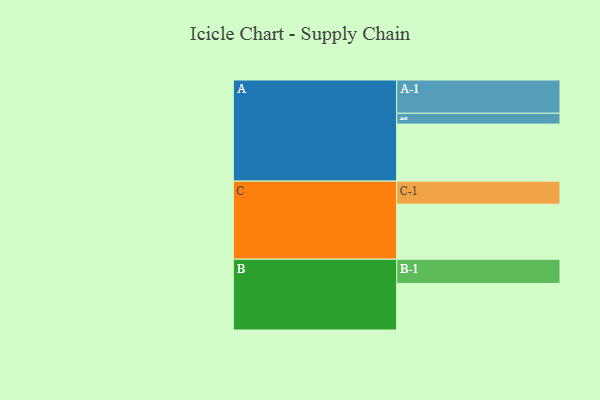
{"axis": {"x": "Segment", "y": "Value"}, "legend": ["", "A", "B", "C"], "data": [{"x": "A", "y": 374, "type": ""}, {"x": "B", "y": 305, "type": ""}, {"x": "C", "y": 361, "type": ""}, {"x": "A-1", "y": 218, "type": "A"}, {"x": "A-2", "y": 71, "type": "A"}, {"x": "B-1", "y": 159, "type": "B"}, {"x": "C-1", "y": 151, "type": "C"}]}